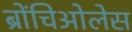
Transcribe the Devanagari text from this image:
ब्रोंचिओलेस